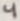
Text: 4